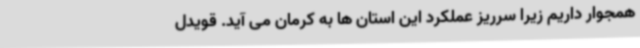
همجوار داریم زیرا سرریز عملکرد این استان ها به کرمان می آید. قویدل